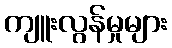
ကျူးလွန်မှုများ